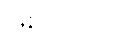
ဖြစ်ပါတယ်။